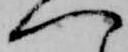
へ